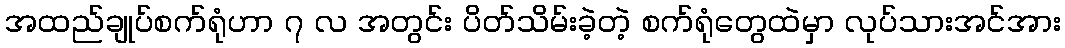
အထည်ချုပ်စက်ရုံဟာ ၇ လ အတွင်း ပိတ်သိမ်းခဲ့တဲ့ စက်ရုံတွေထဲမှာ လုပ်သားအင်အား